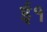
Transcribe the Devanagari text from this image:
ई१